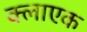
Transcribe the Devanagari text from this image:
क्लाएक